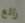
رائع